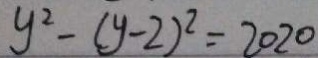
y ^ { 2 } - ( y - 2 ) ^ { 2 } = 2 0 2 0